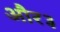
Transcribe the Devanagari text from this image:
और३